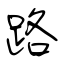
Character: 路